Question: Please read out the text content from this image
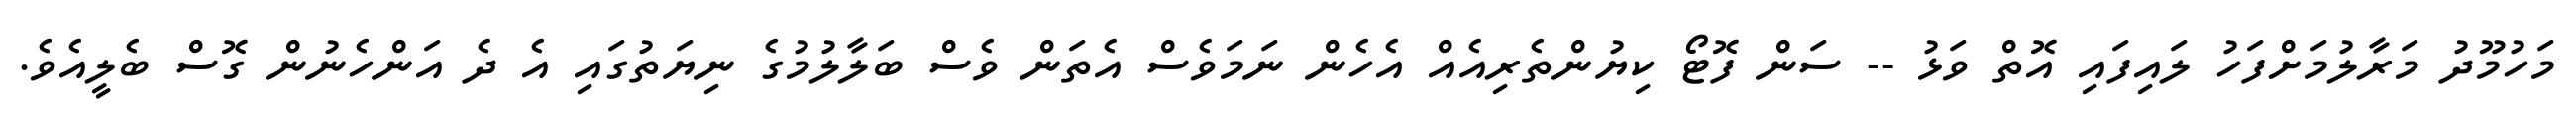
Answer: މަހުމޫދު މަރާލުމަށްފަހު ލައިފައި އޮތް ވަޅު -- ސަން ފޮޓޯ ކިޔުންތެރިއެއް އެހެން ނަމަވެސް އެތަން ވެސް ބަލާލުމުގެ ނިޔަތުގައި އެ ދެ އަންހެނުން ގޮސް ބެލީއެވެ.